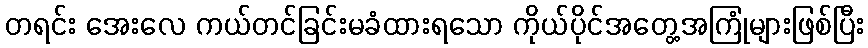
တရင်း အေးလေ ကယ်တင်ခြင်းမခံထားရသော ကိုယ်ပိုင်အတွေ့အကြုံများဖြစ်ပြီး